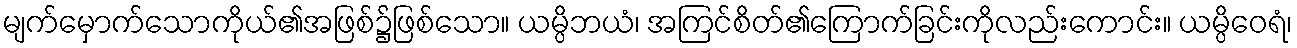
မျက်မှောက်သောကိုယ်၏အဖြစ်၌ဖြစ်သော။ ယမ္ပိဘယံ၊ အကြင်စိတ်၏ကြောက်ခြင်းကိုလည်းကောင်း။ ယမ္ပိဝေရံ၊